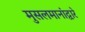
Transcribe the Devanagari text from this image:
मुसलमानांद्वारे